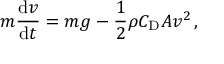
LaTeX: m { \frac { \mathrm { d } v } { \mathrm { d } t } } = m g - { \frac { 1 } { 2 } } \rho C _ { \mathrm { D } } A v ^ { 2 } \, ,